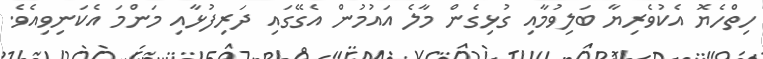
ހިތްހެޔޮ އެކުވެރިޔާ ބަލިވުމާއި ގުޅިގެން މާލެ އައުމުން އެގޭގައި ދަރިފުޅާއި މަންމަ އެކަނިވިއެވެ.